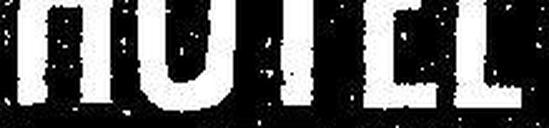
Hôtel